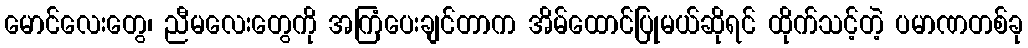
မောင်လေးတွေ၊ ညီမလေးတွေကို အကြံပေးချင်တာက အိမ်ထောင်ပြုမယ်ဆိုရင် ထိုက်သင့်တဲ့ ပမာဏတစ်ခု